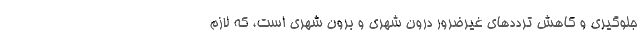
جلوگیری و کاهش ترددهای غیرضرور درون شهری و برون شهری است، که لازم